Cholera in India, 1862 to 1881
Year: 1862
Disease focus: Cholera
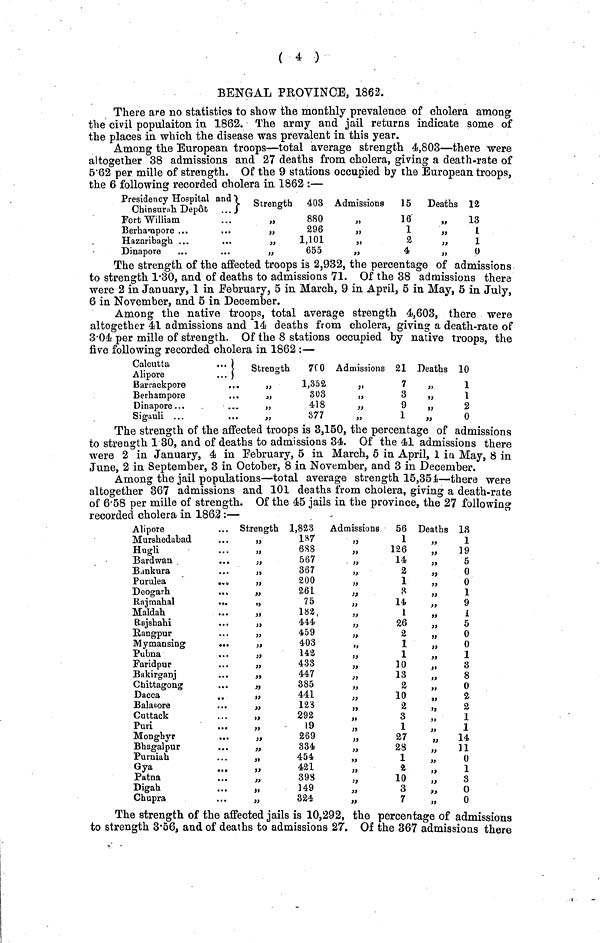
( 4 )
BENGAL PROVINCE, 1862.
There are no statistics to show the monthly prevalence of cholera among
the civil populaiton in 1862. The army and jail returns indicate some of
the places in which the disease was prevalent in this year.
Among the European troops—total average strength 4,803—there were
altogether 38 admissions and 27 deaths from cholera, giving a death-rate of
5.62 per mille of strength. Of the 9 stations occupied by the European troops,
the 6 following recorded cholera in 1862 :—
Presidency Hospital and
Chinsurah Depôt
...
Fort William
Berhampore ...
Hazaribagh ...
Dinapore
Strength 403
880
296
1,101
„
655
Admissions
15
16
1
2
4
Deaths 12
13
L
1
0
The strength of the affected troops is 2,932, the percentage of admissions
to strength 1-30, and of deaths to admissions 71. Of the 38 admissions there
were 2 in January, 1 in February, 5 in March, 9 in April, 5 in May, 5 in July,
6 in November, and 5 in December.
Among the native troops, total average strength 4,603, there were
altogether 41 admissions and 14 deaths from cholera, giving a death-rate of
3.04 per mille of strength. Of the 8 stations occupied by native troops, the
five following recorded cholera in 1862 :—
Calcutta
Alipore
Barrackpore
Berhampore
Dinapore ...
Sigauli ...
...
...
...
...
...
Strength
700
1,352
"
303
418
877
Admissions 21
7
3
9
1
Deaths 10
1
1
2
0
The strength of the affected troops is 3,150, the percentage of admissions
to strength 1 30, and of deaths to admissions 34. Of the 41 admissions there
were 2 in January, 4 in February, 5 in March, 5 in April, 1 in May, 8 in
June, 2 in September, 3 in October, 8 in November, and 3 in December.
Among the jail populations—total average strength 15,354—there were
altogether 367 admissions and 101 deaths from cholera, giving a death-rate
of 6.58 per mille of strength. Of the 45 jails in the province, the 27 following
recorded cholera in 1862 :—
Alipore
Murshedabad
Hugli
Bard wan
...
Bankura
Purulea
...
Deogarh
Rajmahal
...
Maldah
Rajshahi
Rangpur
Mymansing
Pubna
Faridpur
Bakirganj
Chittagong
Dacca
Balasore
Cuttack
Pud
Monghyr
...
Bhagalpur
Purniah
Gya
Patna
Digah
Chupra
Strength 1,823
187
688
567
367
200
261
75
182
„
444
„
459
403
142
433
447
„
385
441
123
292
19
„
269
„
334
454
421
„
398
149
324
Admissions
56
1
126
14
2
1
3
14
1
26
2
1
1
10
13
2
10
2
3
1
27
28
1
a
"
10
3
7
Deaths 18
„
1
19
5
"
0
0
1
9
"
1
5
0
0
1
3
8
0
"
2
"
2
"
1
"
1
„
14
"
31
"
0
„
1
"
3
"
0
0
The strength of the affected jails is 10,292, the percentage of admissions
to strength 3.56, and of deaths to admissions 27. Of the 367 admissions there